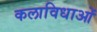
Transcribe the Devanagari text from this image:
कलाविधाओं